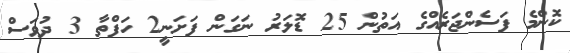
ކޮންމެ ފަސެންޖަރެއްގެ އަތުން 25 ޑޮލަރު ނަގަން ފަށަނީ2 ހަފްތާ 3 ދުވަސް